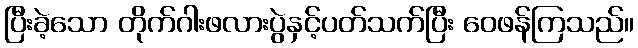
ပြီးခဲ့သော တိုက်ဂါးဖလားပွဲနှင့်ပတ်သက်ပြီး ဝေဖန်ကြသည်။